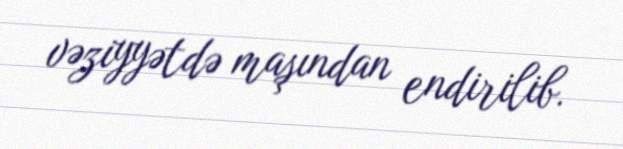
vəziyyətdə maşından endirilib.